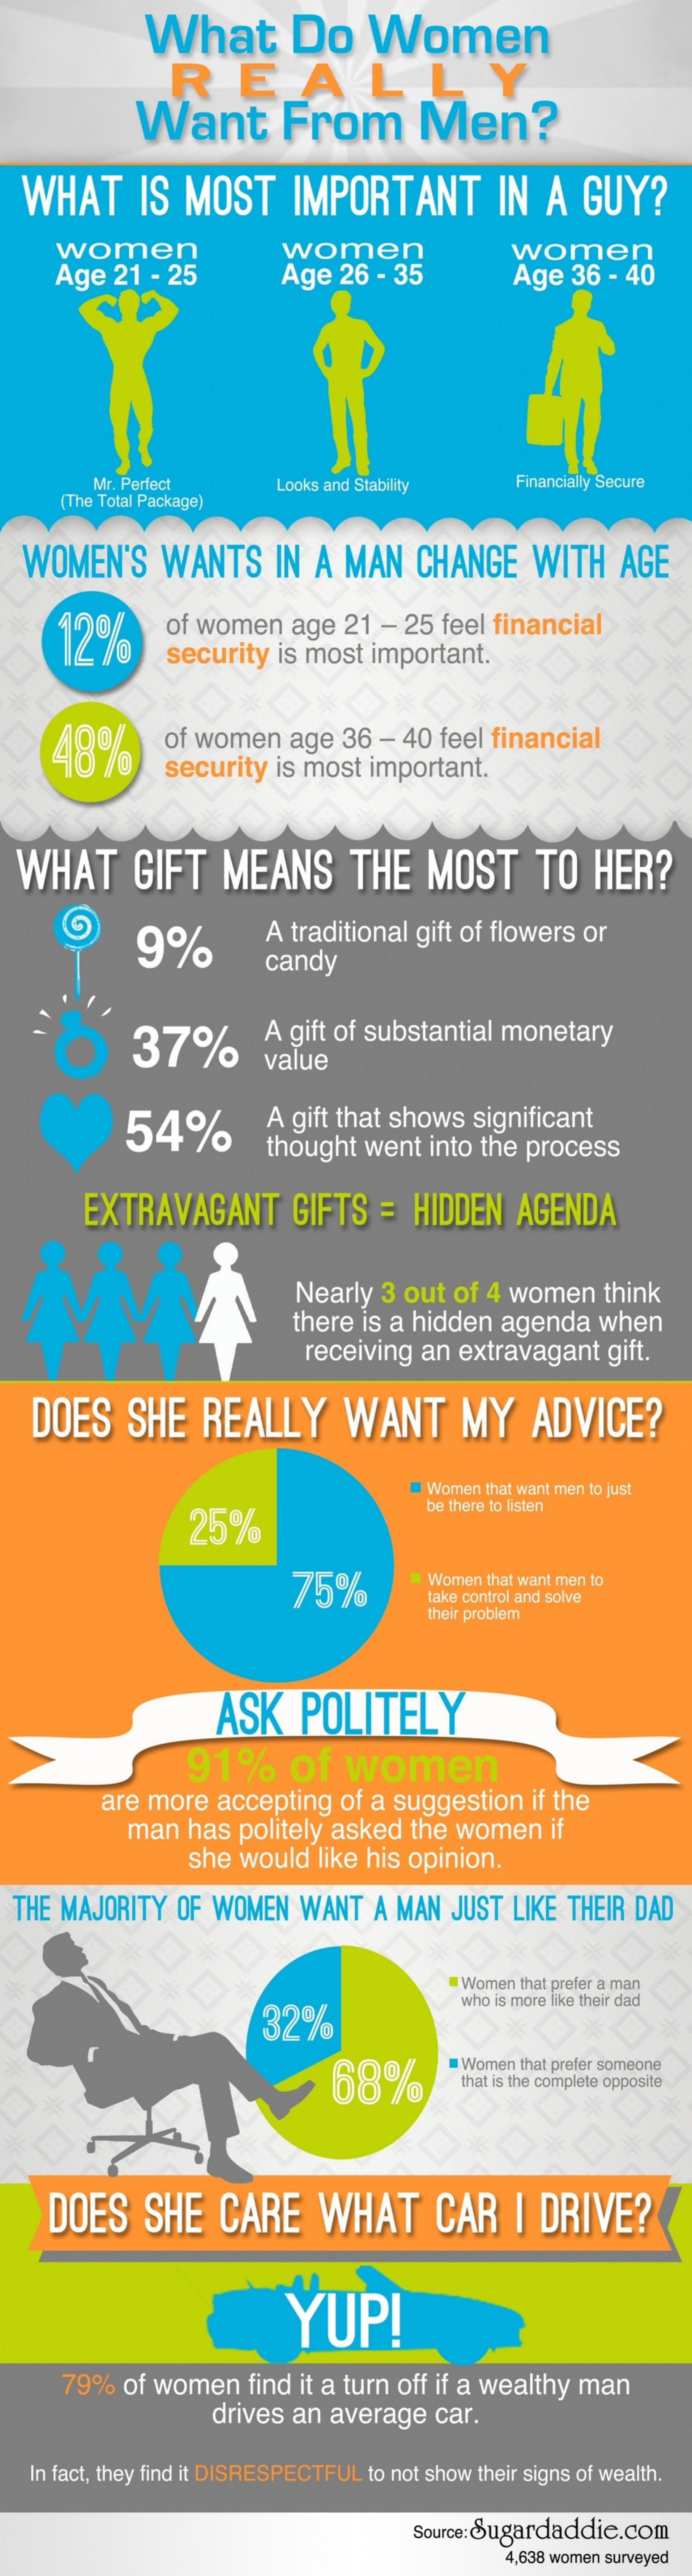
What    Do    Women
     REAL
     Want    From    Men?
  WHAT    IS  MOST    IMPORTANT    IN  A   GUY?
     women
     Age   21 - 25
     women
     Age  26 - 35
     women
     Age  36  - 40
     Mr. Perfect    Looks and Stability   Financially Secure
     (The Total Package)
  WOMEN'S    WANTS    IN  A MAN    CHANGE    WITH    AGE
     12%
     of women    age 21  - 25 feel financial
     security  is most  important.
     48%    of women   age  36  - 40 feel financial
     security is most  important.
  WHAT    GIFT    MEANS    THE   MOST    TO   HER?
     9%    A traditional gift of flowers or
     candy
     37%    A gift of substantial monetary
     value
     54%    A gift that shows significant
     thought  went  into the process
     EXTRAVAGANT    GIFTS   = HIDDEN    AGENDA
     Nearly  3 out of 4 women    think
     there is a hidden  agenda   when
     receiving an  extravagant  gift.
   DOES    SHE    REALLY    WANT    MY    ADVICE?
     Women that want men to just
     25%
     be there to listen
     75%
     Women that want men to
     take control and solve
     their problem
     ASK    POLITELY
     91%    of   women
     are more  accepting  of a suggestion   if the
     man  has  politely asked the  women   if
     she  would  like his opinion.
  THE MAJORITY  OF WOMEN   WANT   A MAN  JUST  LIKE THEIR DAD
     Women that prefer a man
     32%
     who is more like their dad
     68%
     Women that prefer someone
     that is the complete opposite
     DOES    SHE    CARE    WHAT    CAR    I DRIVE?
     YUP!
     79%  of women   find it a turn off if a wealthy man
     drives  an average   car.
   In fact, they find it DISRESPECTFUL to not show their signs of wealth.
     Source: Sugardaddie.com
     4,638 women surveyed